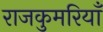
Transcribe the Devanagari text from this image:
राजकुमरियाँ